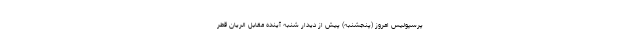
پرسپولیس امروز (پنجشنبه) پیش از دیدار شنبه آینده مقابل الریان قطر